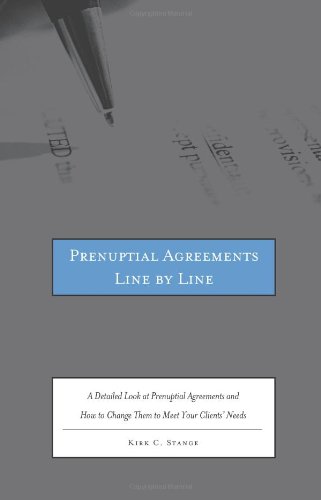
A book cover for Prenuptial Agreements Line by Line: A Detailed Look at Prenuptial Agreements and How to Change Them to Meet Your Clients' Needs; Kirk C. Stange; Law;